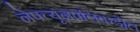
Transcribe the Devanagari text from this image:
नेपच्यूनपलिकडील